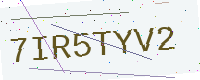
Text: 7IR5TYV2